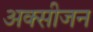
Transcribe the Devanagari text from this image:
अक्‍सीजन